Civil Veterinary Dept. North-West Frontier Province 1901-22 - 1901-1922
Year: 1901
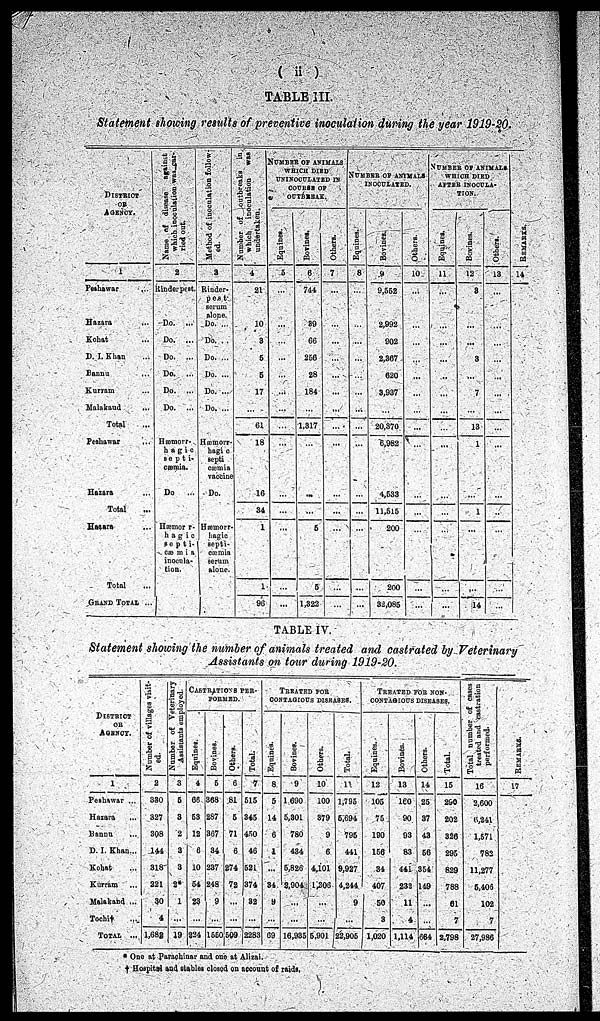
(ii)
TABLE III.
Statement showing results of preventive inoculation during the year 1919-20.
DISTRICT
OR
AGENCY.
1
Peshawar ...
Hazara
...
Kohat ...
D. I. Khan ...
Bannu ...
Kurram ...
Malakaud
...
Total ...
Peshawar ...
Hazara ...
Total ...
Hazara ...
Total ...
GRAND TOTAL ...
Name of disease against
which inoculation was car¬
ried out.
2
Rinderpest.
Do. ...
Do. ...
Do. ...
Do. ...
Do. ...
Do. ...
Hæmorr¬
hagic
septi¬
cæma.
Do
...
Hæmorr¬
hagic
septi¬
cæmia
inocula-
tion.
Method of inoculation follow-
ed.
3
Rinder¬
pest
serum
alone.
Do. ...
Do. ...
Do. ...
Do. ...
Do. ...
Do. ...
Hæmorr¬
hagic
septi
cæmia
vaccine
Do.
Hæmorr¬
hagic
septi-
cæmia
serum
alone.
Number of outbreaks in
which inoculation was
undertaken.
4
21
10
3
5
5
17
...
61
18
16
34
1
1
96
NUMBER OF ANIMALS
WHICH DIED
UNINOCULATED
IN
COURSE OF
OUTBREAK.
Equines.
5
...
...
...
...
...
...
...
...
...
...
...
...
...
...
Bovines.
6
744
89
66
256
28
184
...
1,317
...
...
...
5
5
1,322
Others.
7
...
...
...
...
...
...
...
...
...
...
...
...
...
...
NUMBER OF ANIMALS
INOCULATED.
Equines.
8
...
...
...
...
...
...
...
...
...
...
...
...
...
...
Bovines.
9
9,552
2,992
902
2,367
620
3,937
...
20,370
6,982
4,533
11,515
200
200
32,085
Others.
10
...
...
...
...
...
...
...
...
...
...
...
...
...
...
NUMBER OF ANIMALS
WHICH DIED
AFTER INOCULA-
TION.
Equines.
11
...
...
...
...
...
...
...
...
...
...
...
...
...
Bovines.
12
3
...
...
3
...
7
...
13
1
...
1
...
...
14
Others.
13
...
...
...
...
...
...
...
...
...
...
..
...
...
...
REMARKS .
14
TABLE IV.
Statement showing the number of animals treated and castrated by Veterinary
Assistants on tour during 1919-20.
DISTRICT
OR
AGENCY.
1
Peshawar ...
Hazara
...
Bannu
...
D. I. Khan...
Kohat ...
Kurram ...
Malakand ...
Tochi† ...
TOTAL ...
Number of villages visit-
ed.
2
330
327
308
144
318
221
30
4
1,682
Number of Veterinary
Assistants employed.
3
6
3
2
3
3
2*
1
...
19
CASTRATION
PER-
------.
Equines.
4
66
53
12
6
10
54
23
...
224
Bovines.
5
368
287
367
34
237
248
9
...
1550
Others.
6
81
5
71
6
274
72
...
...
509
Total.
7
515
345
450
46
521
374
32
...
2283
TREATED
FOR
CONTAGIOUS
DISEASES.
Equines.
8
5
14
6
1
...
34
9
...
69
Bovines.
9
1.690
5,301
780
434
5,826
3,904
...
...
16,935
Others.
10
100
379
9
6
4,101
1,306
...
...
5,901
Total.
11.
1,795
5,694
795
441
9,927
4,244
9
...
22,906
TREATED FOR NON-
---------- DISEASES.
Equines.
12
105
75
190
156
34
407
50
3
1,020
Bovines.
13
160
90
93
83
441
232
11
4
1,114
Others.
14
25
37
43
56
354
149
...
...
664
Total.
15
290
202
326
295
829
788
61
7
2,798
Total number of cases
treated and castration
performed.
16
2,600
6,241
1,571
782
11,277
5,406
102
7
27,986
REMARKS .
17
* One at Parachinar and one at Alizai.
† Hospital and stables closed on account of raids.